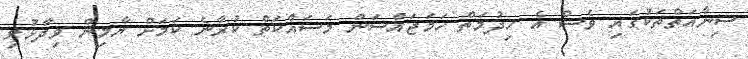
ސިނާއަތްތަކުގައި ވެސް އެ ހިދުމަތް ހަމަޖައްސަން މަސައްކަތް ކުރާނެ ކަމަށް ޔާމިން ވިދާޅުވި